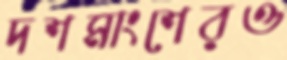
দশমাংশেরও